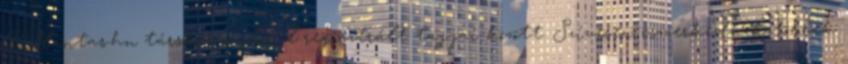
Pillantas.hu társkereső oldal regisztrált tagjai között. Szívesen ismerkednek többek